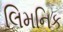
લિમનિક